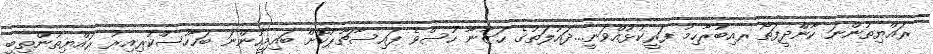
ރައްޔިތުންނަ ކާންދީފަތޯ ރއިބުރާހިމު ފަރީކުޅުއްވަނީ...ދައުލަތުގެ ޙަޒާނާ ހުސްވެ ފައިސާޗާޕުކޮށް ބައިމީހުންނަ ބަހާހުސްކުުރިއިރު ރައްޔިތުންތިބީ